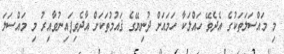
މި މައްސަލަތަކުގެ އެދެވޭ ހައްލަކާ ހަމައަށް ދުނިޔޭގެ ޤައުމުތަކަށް އާދެވިފައިނުވާއިރު މި މައްސަލަ